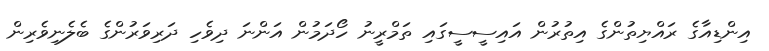
އިންޑިއާގެ ރައްޔިތުންގެ އިތުރުން އައިސީސީގައި ތަމްރީނު ހޯދަމުން އަންނަ ދިވެހި ދަރިވަރުންގެ ބެލެނިވެރިން